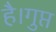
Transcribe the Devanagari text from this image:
है।गुप्त